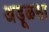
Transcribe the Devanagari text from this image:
अडूळसा